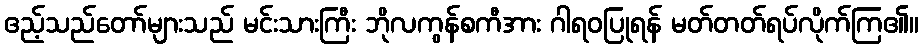
ဧည့်သည်တော်များသည် မင်းသားကြီး ဘိုလကွန်စကီအား ဂါရဝပြုရန် မတ်တတ်ရပ်လိုက်ကြ၏။